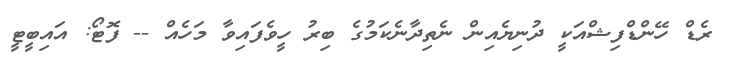
ރެޑް ހޭންޑްފިޝްއަކީ ދުނިޔެއިން ނެތިދާނެކަމުގެ ބިރު ހީވެފައިވާ މަހެއް -- ފޮޓޯ: އައިބީޓީ